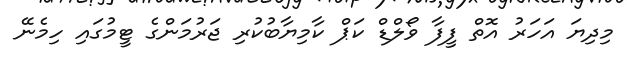
މިދިޔަ އަހަރު އޮތް ފީފާ ވޯލްޑް ކަޕް ކާމިޔާބުކުރި ޖަރުމަންގެ ޓީމުގައި ހިމެނޭ